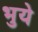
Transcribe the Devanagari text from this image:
भुये